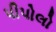
પીપોલો